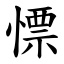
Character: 慓